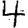
Digit: 4